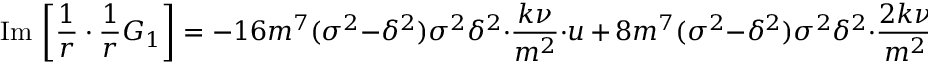
\mathrm { I m } \, \left[ \frac { 1 } { r } \cdot \frac { 1 } { r } G _ { 1 } \right] = - 1 6 m ^ { 7 } ( \sigma ^ { 2 } - \delta ^ { 2 } ) \sigma ^ { 2 } \delta ^ { 2 } \cdot \frac { k \nu } { m ^ { 2 } } \cdot u \, + \, 8 m ^ { 7 } ( \sigma ^ { 2 } - \delta ^ { 2 } ) \sigma ^ { 2 } \delta ^ { 2 } \cdot \frac { 2 k \nu } { m ^ { 2 } } \, \cos \theta \cdot u ^ { 2 } \, + \, { \cal O } ( u ^ { 3 } ) ,